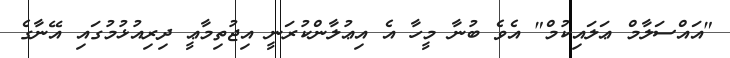
"އައްސަލާމް ޢަލައިކުމް" އެވެ ބުނާ މީހާ އެ އިޢުލާންކުރަނީ އިޖުތިމާޢީ ދިރިއުޅުމުގައި އޭނާގެ